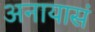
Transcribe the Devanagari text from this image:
अनायासं